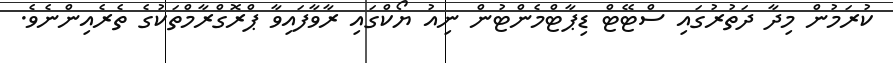
ކުރަމުން މިދާ ދަތުރުގައި ސްޓޭޓް ޑިޕާޓްމެންޓުން ނިއު ޔޯކްގައި ރާވާފައިވާ ޕްރޮގްރާމްތަކުގެ ތެރެއިންނެވެ.